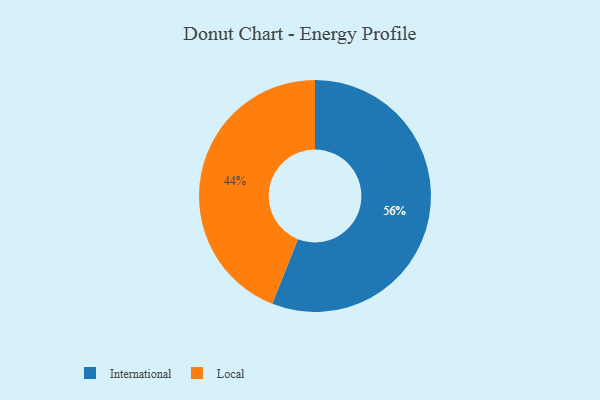
{"axis": {"x": "Category", "y": "Percentage"}, "legend": ["International", "Local"], "data": [{"x": "Local", "y": 44, "type": "Local"}, {"x": "International", "y": 56, "type": "International"}]}